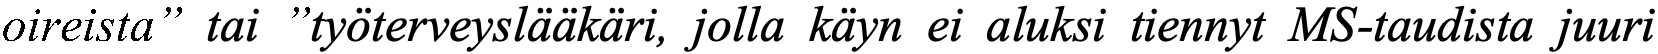
oireista” tai ”työterveyslääkäri, jolla käyn ei aluksi tiennyt MS-taudista juuri